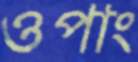
ওপাং